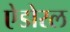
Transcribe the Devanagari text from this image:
ऐडोरल